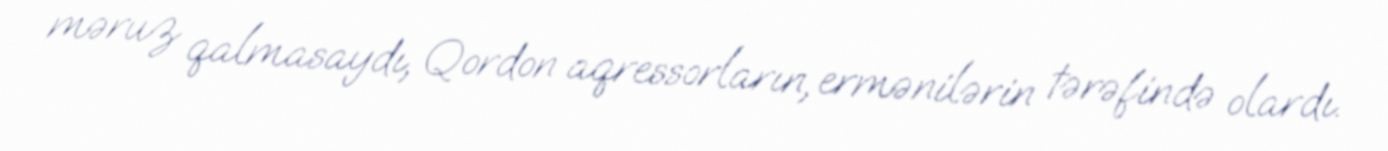
məruz qalmasaydı, Qordon aqressorların, ermənilərin tərəfində olardı.